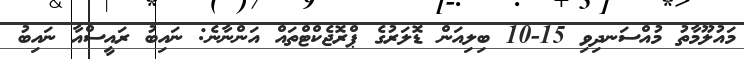
މައުލޫމާތު މުއްސަނދިވި 15-10 ބިލިއަން ޑޮލަރުގެ ޕްރޮޖެކްޓްތައް އަންނާނެ: ނައިބު ރައީސްއާ ނައިބު